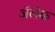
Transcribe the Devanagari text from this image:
अॅलेक